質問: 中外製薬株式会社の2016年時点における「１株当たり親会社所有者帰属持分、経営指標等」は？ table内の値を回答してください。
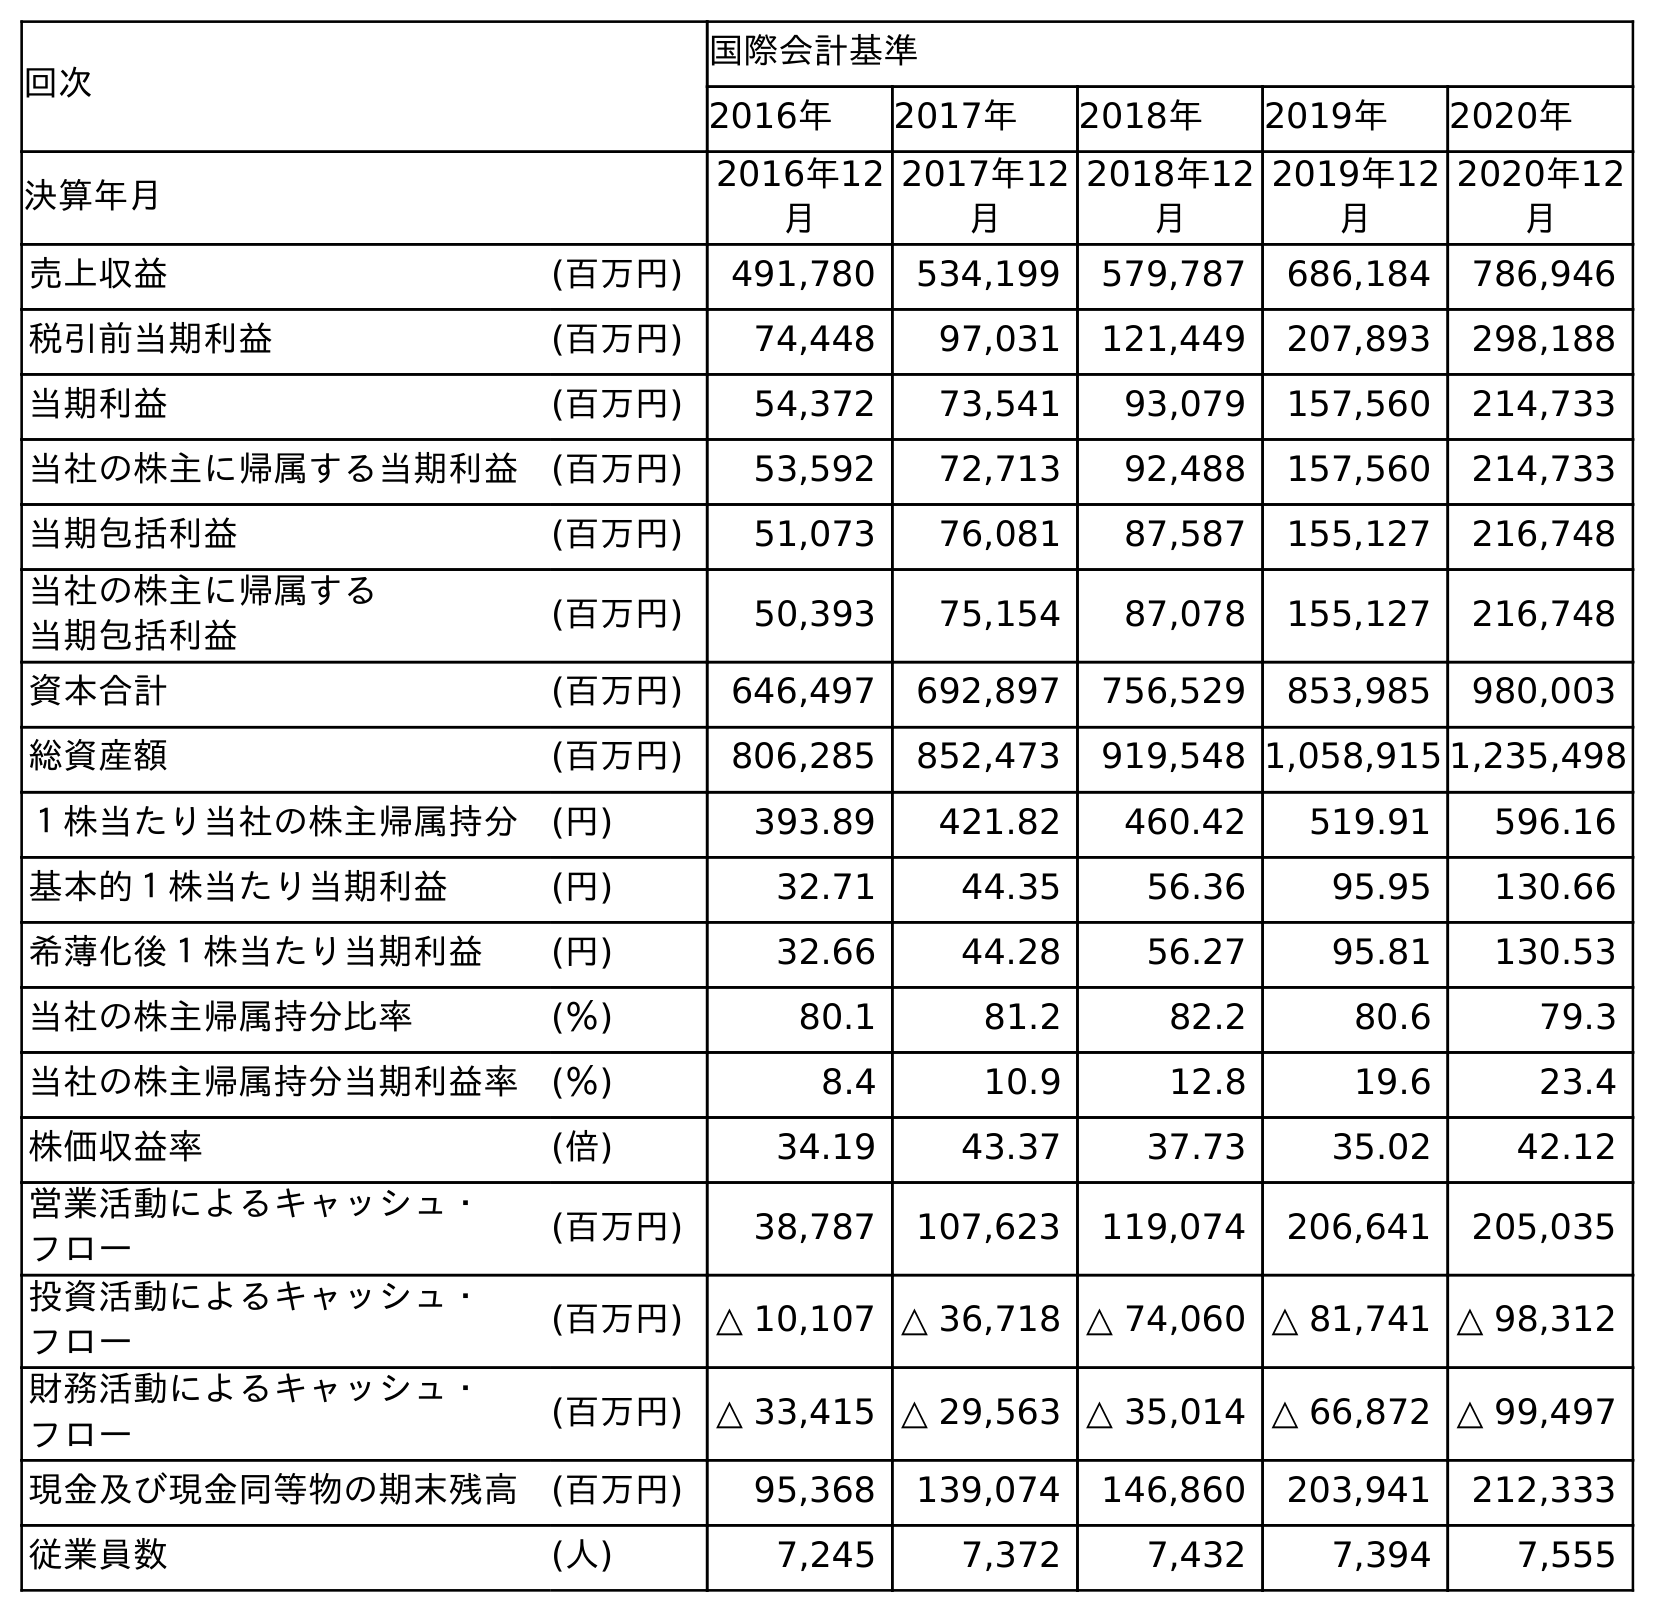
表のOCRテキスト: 回次 国際会計基準 2016年 2017年 2018年 2019年 2020年 決算年月 2016年12 月 2017年12 月 2018年12 月 2019年12 月 2020年12 月 売上収益 (百万円) 491,780 534,199 579,787 686,184 786,946 税引前当期利益 (百万円) 74,448 97,031 121,449 207,893 298,188 当期利益 (百万円) 54,372 73,541 93,079 157,560 214,733 当社の株主に帰属する当期利益 (百万円) 53,592 72,713 92,488 157,560 214,733 当期包括利益 (百万円) 51,073 76,081 87,587 155,127 216,748 当社の株主に帰属する 当期包括利益 (百万円) 50,393 75,154 87,078 155,127 216,748 資本合計 (百万円) 646,497 692,897 756,529 853,985 980,003 総資産額 (百万円) 806,285 852,473 919,548 1,058,915 1,235,498 １株当たり当社の株主帰属持分 (円) 393.89 421.82 460.42 519.91 596.16 基本的１株当たり当期利益 (円) 32.71 44.35 56.36 95.95 130.66 希薄化後１株当たり当期利益 (円) 32.66 44.28 56.27 95.81 130.53 当社の株主帰属持分比率 (％) 80.1 81.2 82.2 80.6 79.3 当社の株主帰属持分当期利益率 (％) 8.4 10.9 12.8 19.6 23.4 株価収益率 (倍) 34.19 43.37 37.73 35.02 42.12 営業活動によるキャッシュ・ フロー (百万円) 38,787 107,623 119,074 206,641 205,035 投資活動によるキャッシュ・ フロー (百万円) △ 10,107 △ 36,718 △ 74,060 △ 81,741 △ 98,312 財務活動によるキャッシュ・ フロー (百万円) △ 33,415 △ 29,563 △ 35,014 △ 66,872 △ 99,497 現金及び現金同等物の期末残高 (百万円) 95,368 139,074 146,860 203,941 212,333 従業員数 (人) 7,245 7,372 7,432 7,394 7,555
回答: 393.89